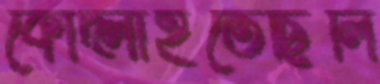
কোদ্‌লাইতেছিলি